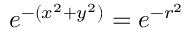
e ^ { - ( x ^ { 2 } + y ^ { 2 } ) } = e ^ { - r ^ { 2 } }